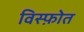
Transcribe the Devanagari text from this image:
विस्फ़ोत